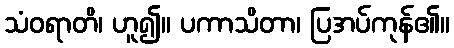
သံဝရာတိ၊ ဟူ၍။ ပကာသိတာ၊ ပြအပ်ကုန်၏။